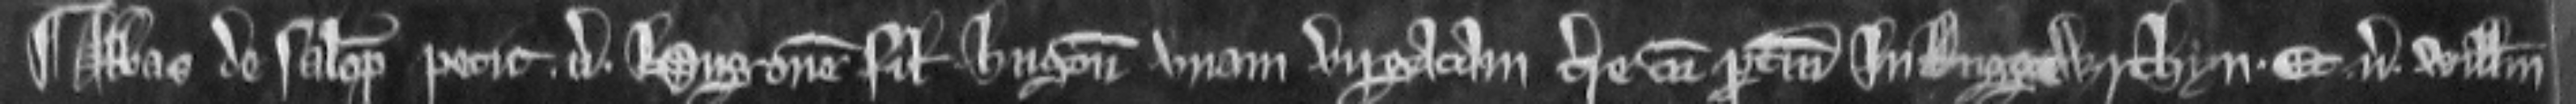
¶ Abbas de Salop petit versus Hugonem filium Hugonis unam virgatam terre cum pertinenciis in Ruggewrthyn et versus Willelmum